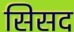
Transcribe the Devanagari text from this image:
सिसद